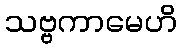
သဗ္ဗကာမေဟိ